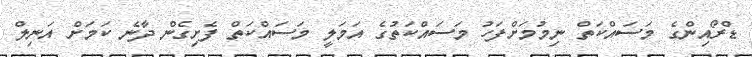
ޑްރޯއިންގެ މަސައްކަތް ނިމުމަށްފަހު މަސައްކަތުގެ އަމަލީ މަސައްކަތް ފެށިގެން ދާނެ ކަމަށް އަނިލް